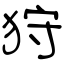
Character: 狩